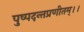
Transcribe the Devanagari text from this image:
पुष्पदन्तप्रणीतम्।।